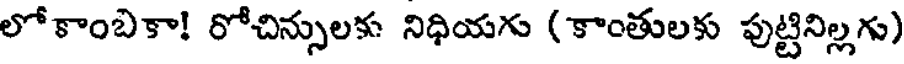
లోకాంబికా! రోచిన్సులకు నిధియగు (కాంతులకు పుట్టినిల్లగు)